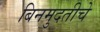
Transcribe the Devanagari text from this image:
बिनमुदतीचे